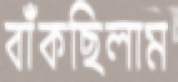
বাঁকছিলাম